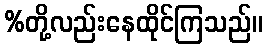
%တို့လည်းနေထိုင်ကြသည်။